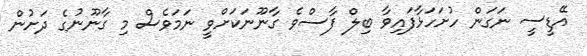
އޭޑީސީ ނަގަން ހުށަހަޅާފައިވާ ބިލް ފާސްވެ ގާނޫނަކަށްވީ ނަމަވެސް މި ގާނޫނުގެ ދަށުން